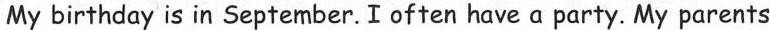
My birthday is in September. I often have a party. My parents